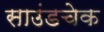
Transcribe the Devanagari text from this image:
साउंडचेक